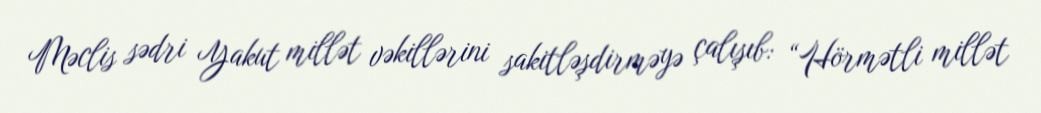
Məclis sədri Yakut millət vəkillərini sakitləşdirməyə çalışıb: “Hörmətli millət